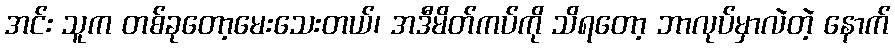
အင်း သူက တစ်ခုတော့မေးသေးတယ်၊ အဒီမိတ်ကပ်ကို သိရတော့ ဘာလုပ်မှာလဲတဲ့ နောက်